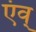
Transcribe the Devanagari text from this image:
एंव्